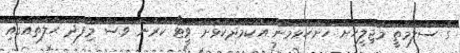
ގެ ސަލާމަތީ މަޖިލީހަށް ހުށަހެޅުމުން އެކަމާދެކޮޅަށް ވީޓޯ ކުރަން ވެސް މިފަދަ ޙާލަތެއްގައި